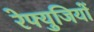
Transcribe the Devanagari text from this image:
रेफ्युजियों